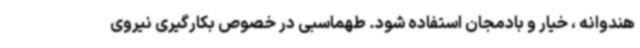
هندوانه ، خیار و بادمجان استفاده شود. طهماسبی در خصوص بکارگیری نیروی